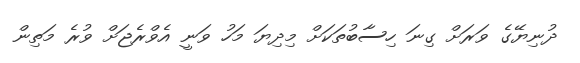
ދުނިޔޭގެ ވަރަށް ގިނަ ހިސާބުތަކަށް މިދިޔަ މަހު ވަނީ އެވްރެޖަށް ވުރެ މަތިން